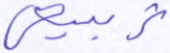
تربيعي